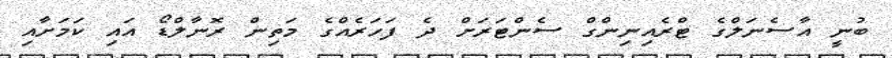
ބުނީ އާސެނަލްގެ ޓްރެއިނިންގް ސެންޓަރަށް ދެ ފަހަރެއްގެ މަތިން ރޮނާލްޑޯ އައި ކަމަށާއި